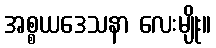
အစ္စယဒေသနာ လေးမျိုး။